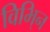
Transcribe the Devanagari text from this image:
विभि्न